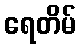
ရေတိမ်